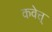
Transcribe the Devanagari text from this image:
कवेत्त्